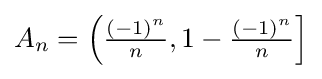
A_{n}=\left({\tfrac {(-1)^{n}}{n}},1-{\tfrac {(-1)^{n}}{n}}\right]